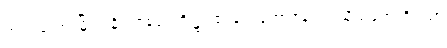
တပါးသော မြို့ရွာ နိဂုံးဇနပုဒ်တို့၌။ ဧဝရူပံ ဘောဇနံ၊ ဤသို့သဘောရှိသော